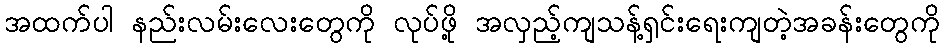
အထက်ပါ နည်းလမ်းလေးတွေကို လုပ်ဖို့ အလှည့်ကျသန့်ရှင်းရေးကျတဲ့အခန်းတွေကို